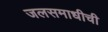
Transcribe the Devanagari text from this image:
जलसमाधीची